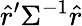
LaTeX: {\hat{r}}^{\prime}\Sigma^{-1}{\hat{r}}